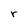
Character: r